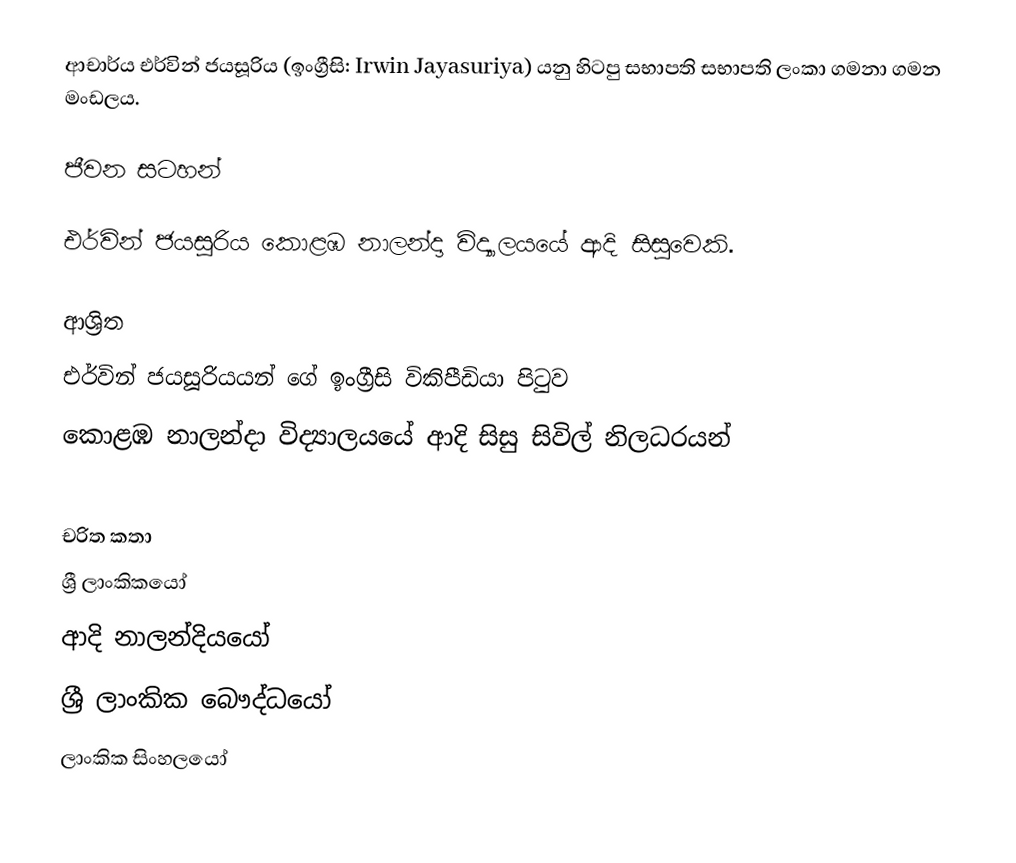
ආචාර්ය එර්වින් ජයසූරිය (ඉංග්‍රීසි: Irwin Jayasuriya) යනු  හිටපු  සභාපති සභාපති ලංකා ගමනා ගමන මංඩලය.

ජීවන සටහන්

එර්වින් ජයසූරිය  කොළඹ නාලන්දා විද්‍යාලයයේ ආදි සිසුවෙකි.

ආශ්‍රිත
  එර්වින් ජයසූරියයන් ගේ ඉංග්‍රීසි විකිපීඩියා පිටුව
 කොළඹ නාලන්දා විද්‍යාලයයේ ආදි සිසු සිවිල් නිලධරයන්

චරිත කතා
ශ්‍රී ලාංකිකයෝ
ආදි නාලන්දියයෝ
ශ්‍රී ලාංකික බෞද්ධයෝ
ලාංකික සිංහලයෝ